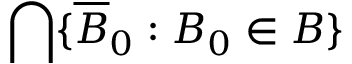
\bigcap \{ { \overline { { B } } } _ { 0 } : B _ { 0 } \in B \}